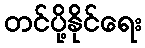
တင်ပို့နိုင်ရေး